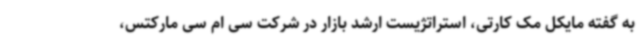
به گفته مایکل مک کارتی، استراتژیست ارشد بازار در شرکت سی ام سی مارکتس،